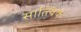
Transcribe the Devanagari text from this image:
सात्त्विकः